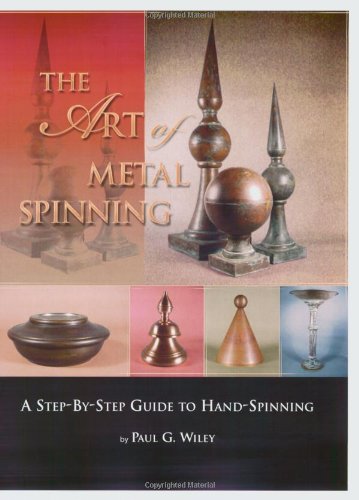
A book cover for The Art of Metal Spinning: A Step-By-Step Guide to Hand-Spinning; Paul G. Wiley; Crafts, Hobbies & Home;